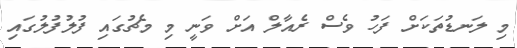
މި ލަނޑުތަކަށް ފަހު ވެސް ރެއާލް އަށް ވަނީ މި މެޗުގައި ފުލުފުލުގައި